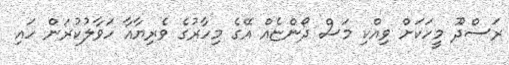
ރަސްދޫ މީހަކަށް ވިއްކި މަސް ދޯންޏެއް އޭގެ މިހާރުގެ ވެރިޔާއާ ހަވާލުކުރަން ހައި